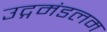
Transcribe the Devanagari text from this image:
उद्गमंडलम